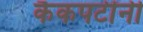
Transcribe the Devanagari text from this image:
कैकपटींनी